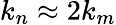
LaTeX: k_{n}\approx 2k_{m}